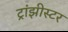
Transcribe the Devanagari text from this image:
ट्रांझीस्टर